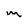
Character: m